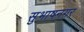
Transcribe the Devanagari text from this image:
सुभाषनगर